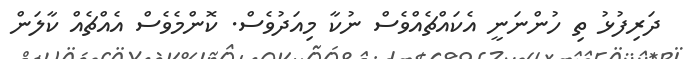
ދަރިފުޅު ތި ހުންނަނީ އެކައްޗެއްވެސް ނުކާ މިއަދުވެސް. ކޮންމެވެސް އެއްޗެއް ކާލަން